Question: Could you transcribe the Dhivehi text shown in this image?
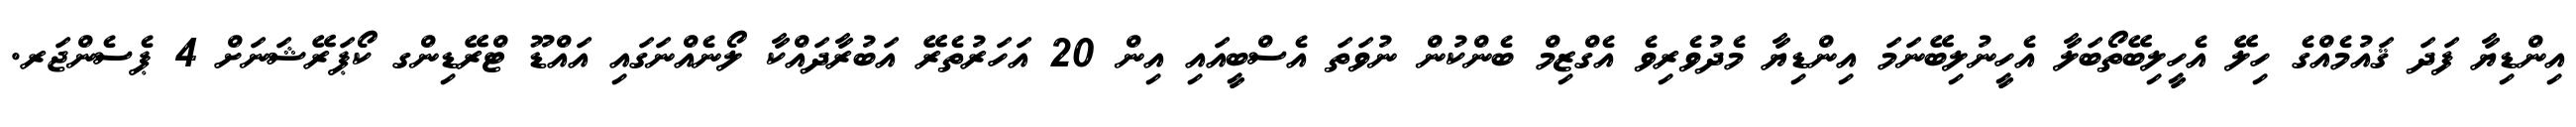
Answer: އިންޑިޔާ ފަދަ ޤައުމެއްގެ ހިލޭ އެހީލިބޭތޯބަލާ އެހީނުލިބޭނަމަ އިންޑިޔާ މެދުވެރިވެ އެގްޒިމް ބެންކުން ނުވަތަ އެސްބީއައި އިން 20 އަހަރުތެރޭ އަބުރާދައްކާ ލޯނެއްނަގައި އައްޑޫ ޓްރޭޑިންގ ކޯޕަރޭޝަނަށް 4 ޕެސެންޖަރ.